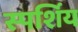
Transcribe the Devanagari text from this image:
स्पर्शिय